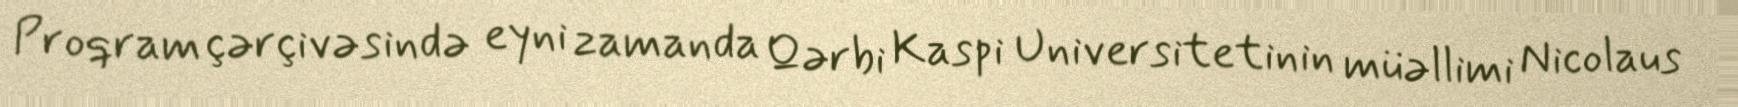
Proqram çərçivəsində eyni zamanda Qərbi Kaspi Universitetinin müəllimi Nicolaus